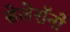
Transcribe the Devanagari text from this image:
सेलेरॉनों